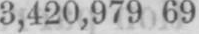
3,420,979 69